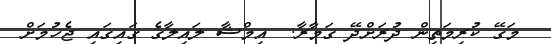
މަގޭ ކުރިމަތިން ދުރަށްދޭ ގަމާރާ.  އިމްޝާ ލައިލާގެ ގައިގައި ޖެހުމަށް